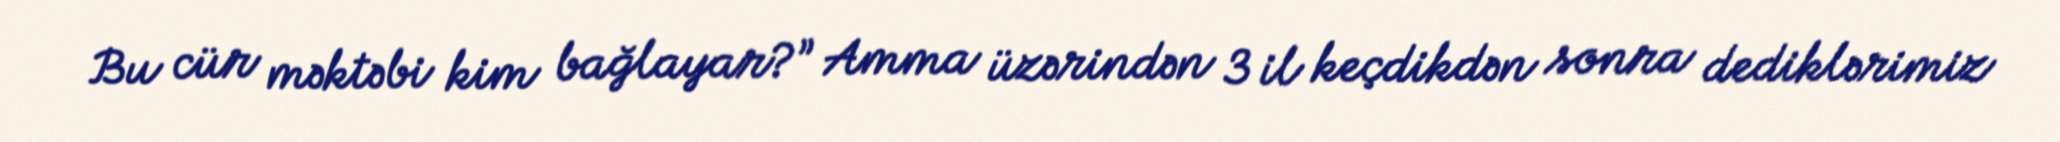
Bu cür məktəbi kim bağlayar?” Amma üzərindən 3 il keçdikdən sonra dediklərimiz